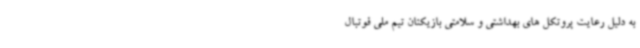
به دلیل رعایت پروتکل های بهداشتی و سلامتی بازیکنان تیم ملی فوتبال